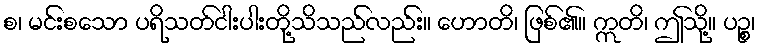
စ၊ မင်းစသော ပရိသတ်ငါးပါးတို့သိသည်လည်း။ ဟောတိ၊ ဖြစ်၏။ ဣတိ၊ ဤသို့။ ပဉ္စ၊